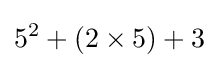
5^{2}+(2\times 5)+3